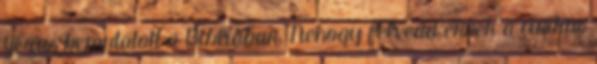
Jézus bemutatott a Bibliában. Nehogy felvedd ennek a cinikus